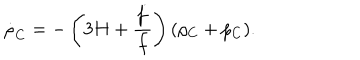
\dot { \rho } _ { C } = - \left( 3 H + \frac { \dot { f } } { f } \right) ( \rho _ { C } + p _ { C } ) .